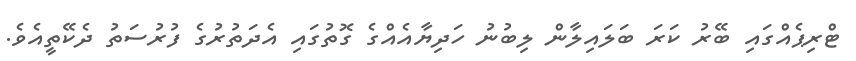
ޓްރިޕެއްގައި ބޭރު ކަރަ ބަލައިލާން ލިބުނު ހަދިޔާއެއްގެ ގޮތުގައި އެދަތުރުގެ ފުރުސަތު ދެކޭތީއެވެ.